Annual report on the working of the lock hospitals in the North-Western Provinces and Oudh
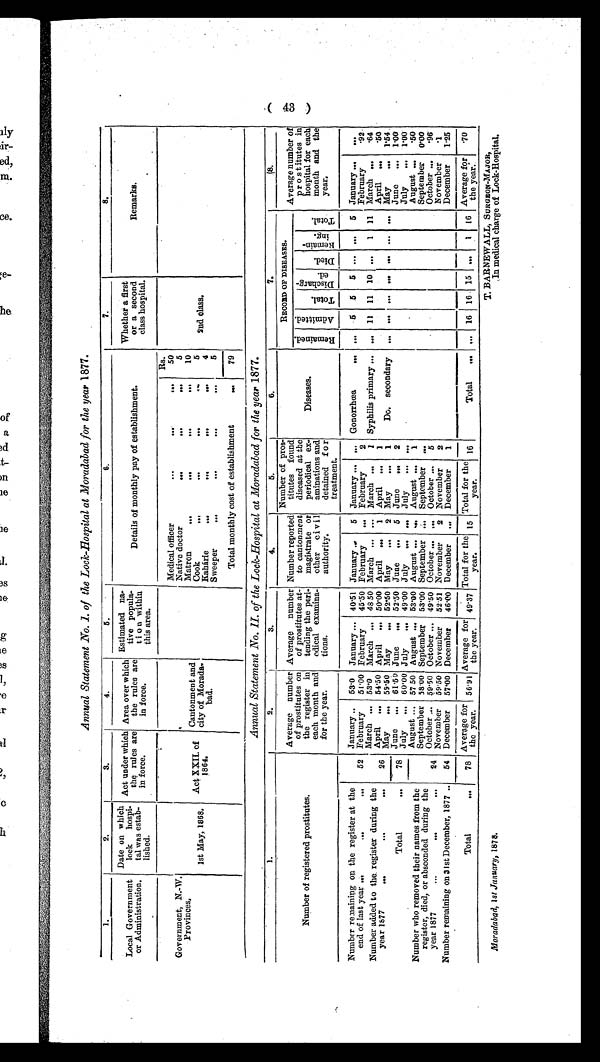
Annual Statement No. I. of the Lock-Hospital at Moradabad for the year 1877.
1.
2.
3.
4.
5 .
6.
7.
8.
Local Government
or Administration.
Date on which
lock hospi
tal was estab
lished.
Act under which
the rules are
in force.
Area over which
the rules are
in force.
Estimated na
tive popula
tion within
this area.
Details of monthly pay of establishment.
Whether a first
or a second
class hospital.
Remarks.
Government, N.-W,
Provinces.
1st May, 1868.
Act XXII. of
1 8 6 4 .
Cantonment and
city of Morada
bad.
Rs.
2nd class.
Medical officer
...
...
...
50
Native doctor
... ... ...
5
Matron
... ....
... ...
10
Cook
... ... ...
....
5
Kahárie
.... ...
...
...
4
Sweeper
... ...
...
...
5
Total monthly cost of establishment
...
79
Annual Statement No. II. of the Lock-Hospital at Moradabad for the year 1877.
1.
2.
3.
4.
5.
6.
7.
8.
Number of registered prostitutes.
Average number
of prostitutes on
the register in
each month and
for the year.
Average number
of prostitutes at
tending the peri
odical examina
tions.
Number reported
to cantonment
magistrate or
other civil
authority.
Number of pros
titutes found
diseased at the
periodical ex
aminations and
detained for
treatment.
Diseases.
RECORD OF DISEASES.
Average number of
prostitutes in
hospital for each
and
the month
year.
R e m a i n e d .
Admi t t ed.
T o t a l .
Di s c ha r ge d.
Died.
R e m a i n i n g .
To t a l .
Number remaining on the register at the
end of last year ...
.... ...
52
January ... 53. 0 January ... 40.51 January ...
5 January ...
. . . Gonorrhœa
...
..
5
5
5
. . .
. . .
5 January ...
February...
51·00 February
45·50 February...
...
February
2
February
.92
March ...
53·0 March ...
48 50 March ...
... March ...
1 Syphilis primary ... ... 11 11 10
. . .
1
11
March ...
·64
Number added to the register daring the
year 1877
...
...
...
26
April
...
·50
April ... 54.50 April ... 50·00 April ...
1
April
...
1
May
...
59 .50 May
...
52·50 May
...
2 May
...
1
Do. secondary ...
. . .
. . .
..
. . .
. . .
. . .
May
...
1·54
Total
... 78 June
. . .
6 1 · 5 0 June
...
52·50 June
...
5
June
...
2
June
...
1·00
July
...
1·00
July
... 60·00 July
...
49 .00 July
.... ...
July
... ...
August ..,
57 50 August ...
53·00 August ...
. . . August ...
1
August ...
·50
Number who removed their names from the
register, died, or absconded during the
year 1877
...
...
...
24
September
0·00
September
58·00 September...
53·10 September
. . . September
...
October ,..
59.50 October ... 49·50 October ...
. . .
October ...
5
October ...
·96
November
· 1
November
59 .50 November
52·51 November
2
November
2
Number remaining on 31st December, 1877 ..
54
December
...
1·25
December
57 .00 December
46·00 December
... December
1
Total
...
78
Average for
the year.
56·91
Average for
the year.
49·37
'
Total for the
year.
15 Total for the
year.
1 6
Total
...
. . . 16 16 15 ...
16 Average for
the year.
·70
( 4 3 )
M o r a d a b a d , 1 s tJ a n u a r y , 1 8 7 8 .
T. BARNEWALL, S URGEON-MAJOR,
In medical charge of Lock-Hospital.